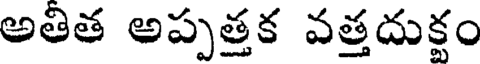
అతిత అప్పత్తక వత్తదుక్షం